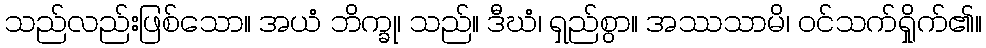
သည်လည်းဖြစ်သော။ အယံ ဘိက္ခု၊ သည်။ ဒီဃံ၊ ရှည်စွာ။ အဿသာမိ၊ ဝင်သက်ရှိုက်၏။